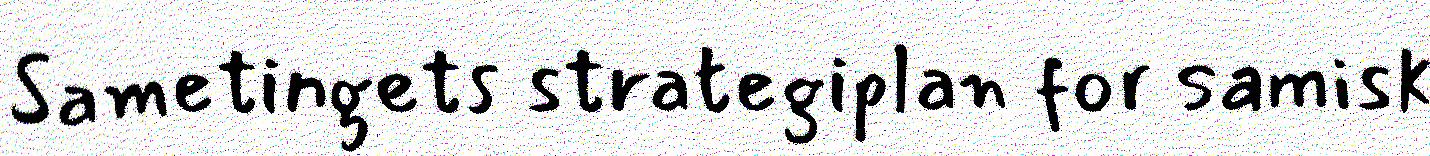
Sametingets strategiplan for samisk